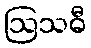
ဩသဓီ